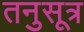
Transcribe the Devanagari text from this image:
तनुसूत्र